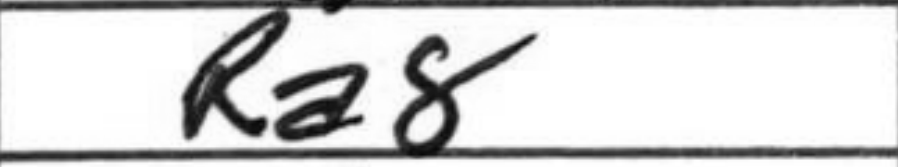
Transcription: Ra8